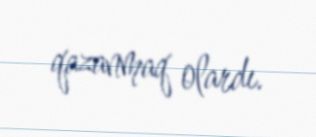
qazanmaq olardı.